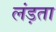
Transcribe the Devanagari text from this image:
लंड़ता